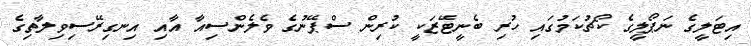
އިޓަލީގެ ނަޕޯލީގެ ކޯޗުކަމުގައި ހުރި ބެނީޓޭޒަކީ ކުރިން ސްޕޭނުގެ ވެލެންސިއާ އާއި އިނގިރޭސިވިލާތިގެ